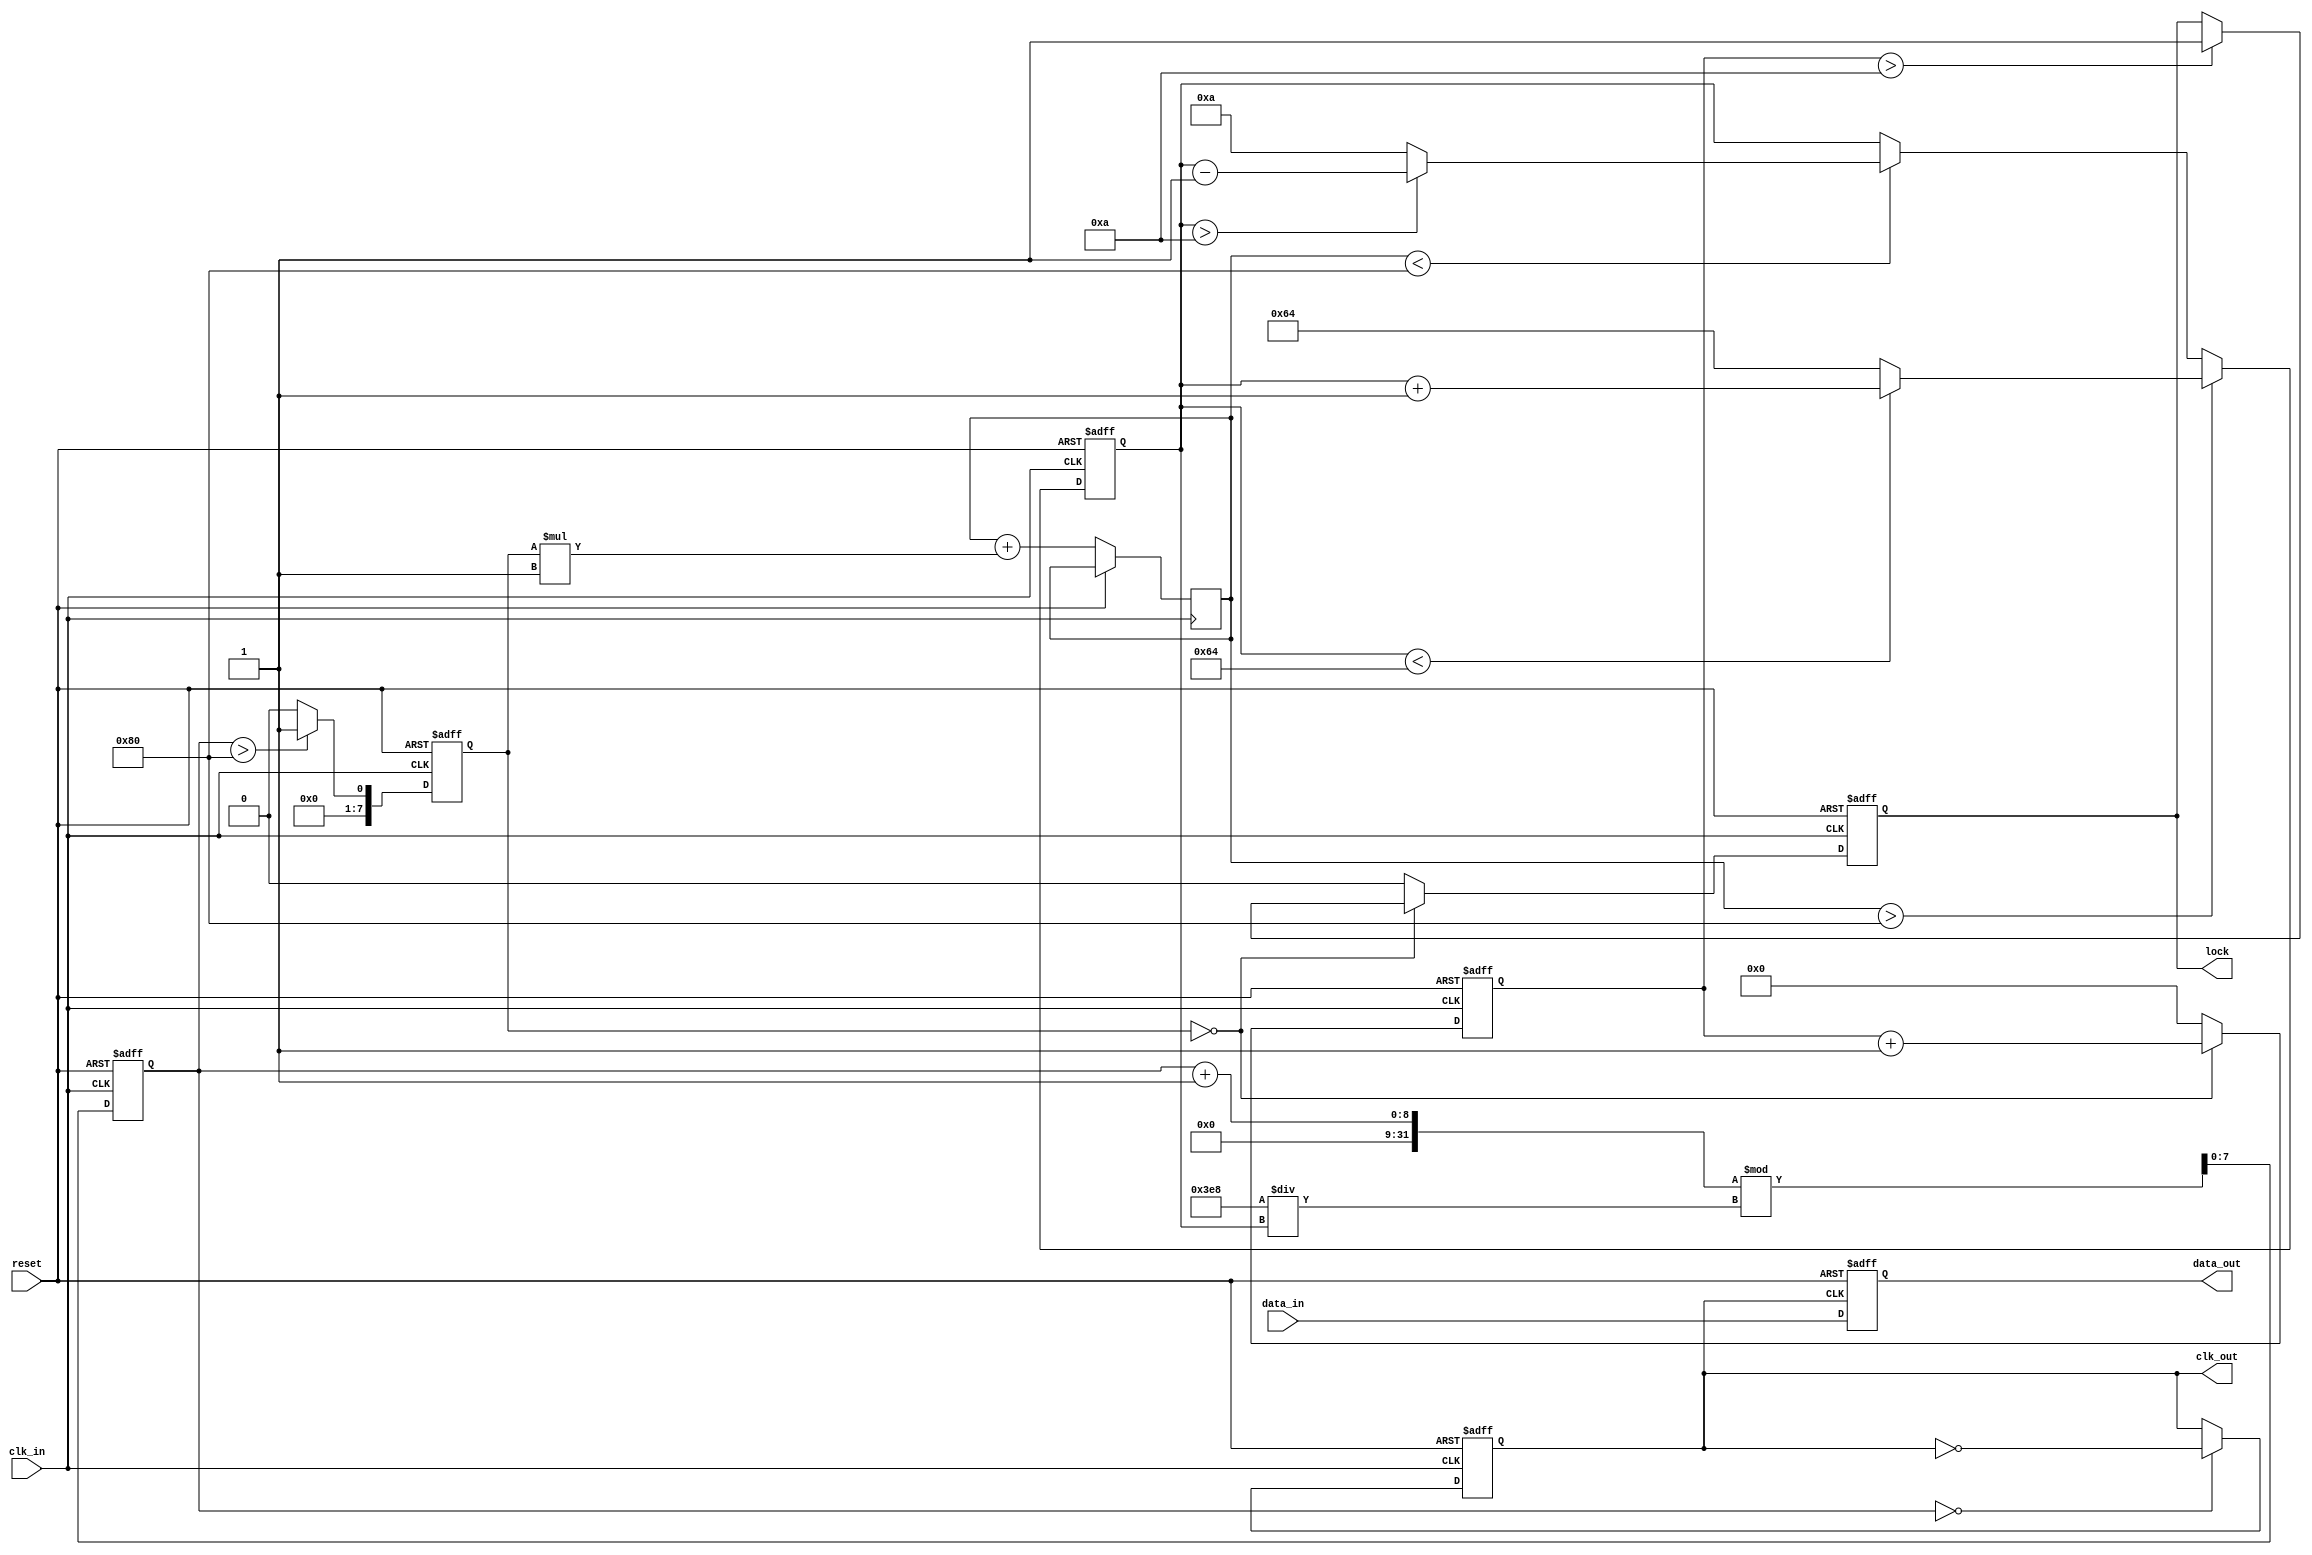
module pll_synchronizer (
    input wire clk_in,          // Incoming clock signal
    input wire data_in,         // Incoming data signal
    input wire reset,           // Reset signal
    output reg clk_out,         // Output clock signal
    output reg data_out,        // Synchronized data output
    output reg lock             // Lock indicator
);

    // Parameters for VCO and loop filter
    parameter VCO_MAX_FREQ = 100; // Max frequency for VCO
    parameter VCO_MIN_FREQ = 10;   // Min frequency for VCO
    parameter LOOP_FILTER_GAIN = 1; // Gain for loop filter

    // Internal signals
    reg [7:0] vco_freq;           // VCO frequency
    reg [7:0] phase_error;        // Phase error signal
    reg [7:0] control_voltage;     // Control voltage for VCO
    reg [7:0] vco_counter;         // VCO counter for clock generation
    reg [7:0] lock_counter;        // Lock detection counter

    // Phase Detector
    always @(posedge clk_in or posedge reset) begin
        if (reset) begin
            phase_error <= 0;
        end else begin
            // Simple phase error detection logic (placeholder)
            phase_error <= (vco_counter > 128) ? 1 : 0; // Example condition
        end
    end

    // Voltage-Controlled Oscillator (VCO)
    always @(posedge clk_in or posedge reset) begin
        if (reset) begin
            vco_freq <= VCO_MIN_FREQ;
            clk_out <= 0;
            vco_counter <= 0;
        end else begin
            // Adjust VCO frequency based on phase error
            control_voltage <= control_voltage + (phase_error * LOOP_FILTER_GAIN);
            if (control_voltage > 128) begin
                vco_freq <= (vco_freq < VCO_MAX_FREQ) ? vco_freq + 1 : VCO_MAX_FREQ;
            end else if (control_voltage < 128) begin
                vco_freq <= (vco_freq > VCO_MIN_FREQ) ? vco_freq - 1 : VCO_MIN_FREQ;
            end
            
            // Generate VCO clock signal
            vco_counter <= (vco_counter + 1) % (1000 / vco_freq); // Example division
            clk_out <= (vco_counter == 0) ? ~clk_out : clk_out;
        end
    end

    // Data Sampling
    always @(posedge clk_out or posedge reset) begin
        if (reset) begin
            data_out <= 0;
        end else begin
            data_out <= data_in; // Sample incoming data
        end
    end

    // Lock Detection
    always @(posedge clk_in or posedge reset) begin
        if (reset) begin
            lock <= 0;
            lock_counter <= 0;
        end else begin
            // Simple lock detection logic (placeholder)
            if (phase_error == 0) begin
                lock_counter <= lock_counter + 1;
                if (lock_counter > 10) begin // Example threshold
                    lock <= 1;
                end
            end else begin
                lock_counter <= 0;
                lock <= 0;
            end
        end
    end

endmodule